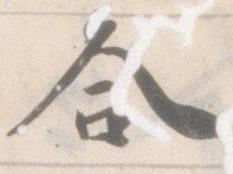
合